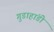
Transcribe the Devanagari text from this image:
गुडाहांडी